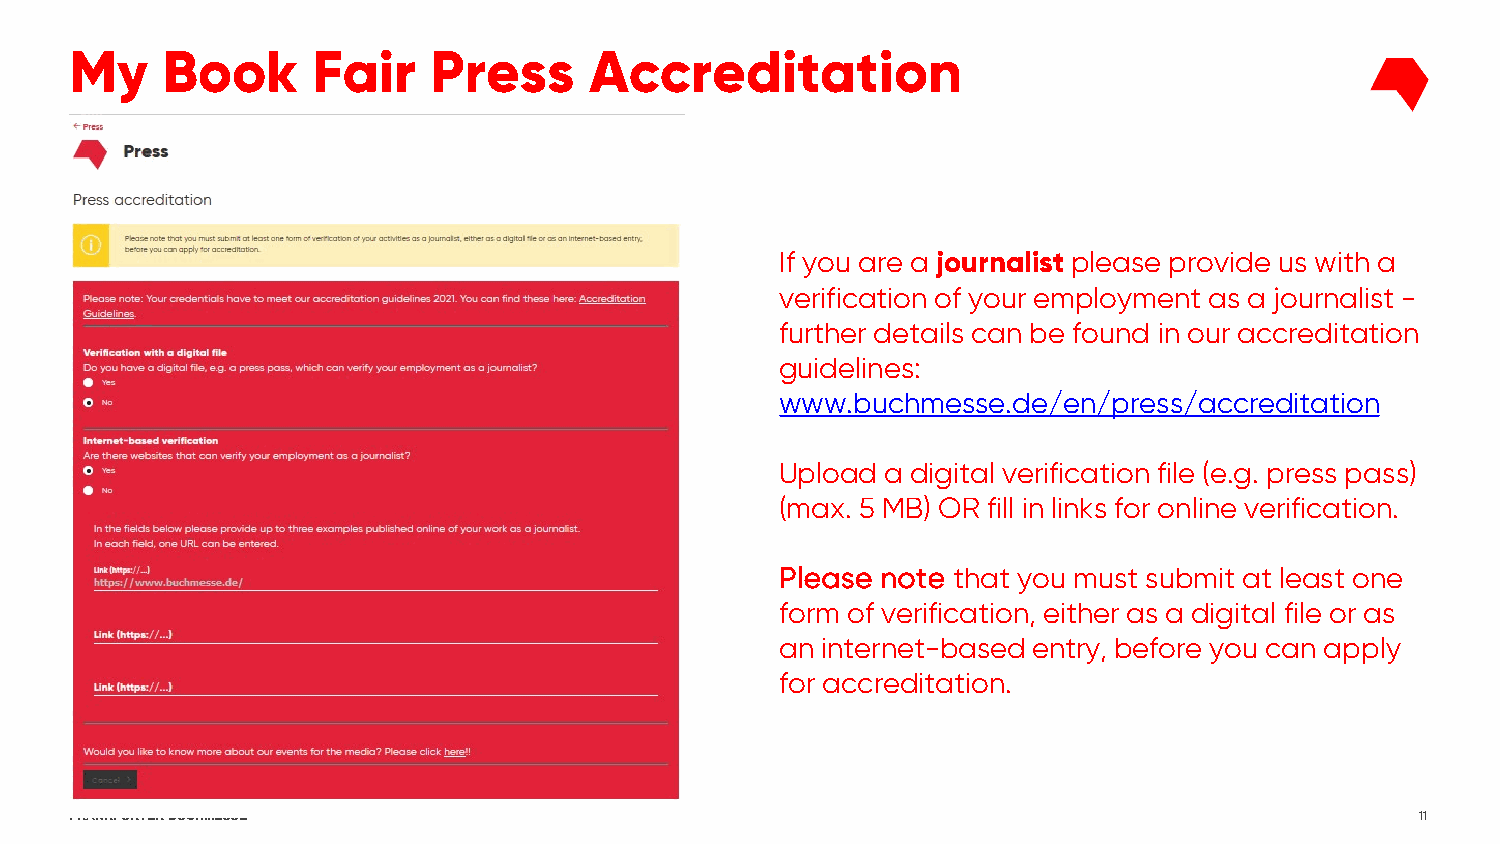
My    Book      Fair   Press      Accreditation
 If you are a journalist please provide us with a
 verification of your employment as a journalist -
 further details can be found in our accreditation
 guidelines:
 www.buchmesse.de/en/press/accreditation
 Upload a digital verification file (e.g. press pass)
 (max. 5 MB) OR fill in links for online verification.
 Please note that you must submit at least one
 form of verification, either as a digital file or as
 an internet-based entry, before you can apply
 for accreditation.
 FRANKFURTER BUCHMESSE                                                                    11